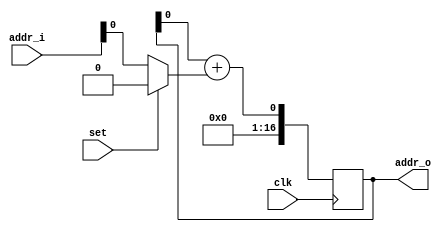
module pc(clk,
          set,
          addr_i,
          addr_o
          );

  parameter ADDR = 16;
  parameter WORD = 32;

  input           clk;
  input           set;
  input [ADDR:0]  addr_i;
  output [ADDR:0] addr_o;

  reg [ADDR:0] pc_value;
  
  wire next_pc;
  assign addr_o = pc_value;
  assign next_pc = pc_value + (set ? 16'h4 : addr_i);


  always @(posedge clk )
  begin
    pc_value <= next_pc;
  end // always @(posedge clk or negedge rst)

endmodule // pc